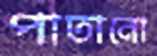
পাতানো